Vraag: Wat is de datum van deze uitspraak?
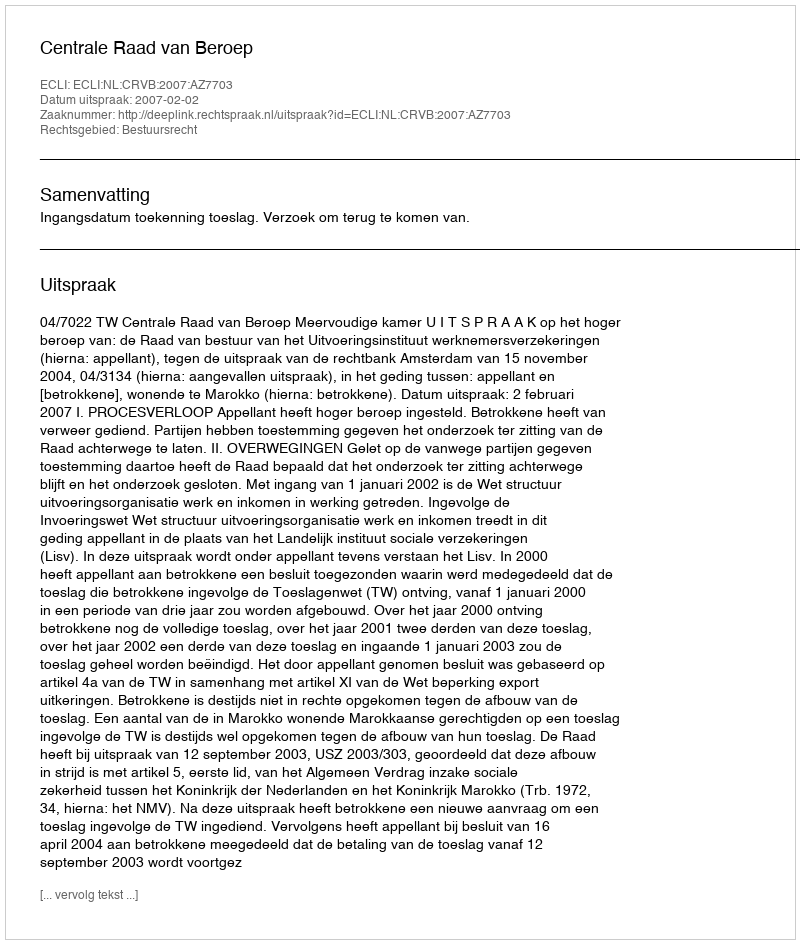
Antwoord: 2007-02-02